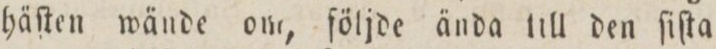
häſten wände om, följde ända till den ſiſta